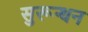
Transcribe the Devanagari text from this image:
सुरून्धन